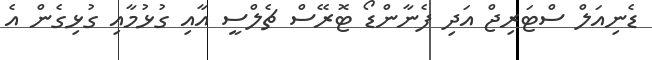
ޑެނިއަލް ސްޓަރިޖް އަދި ފެނާންޑޯ ޓޮރޭސް ޗެލްސީ އާއި ގުޅުމާއި ގުޅިގެން އެ